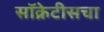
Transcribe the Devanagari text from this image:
सॉक्रेटीसचा